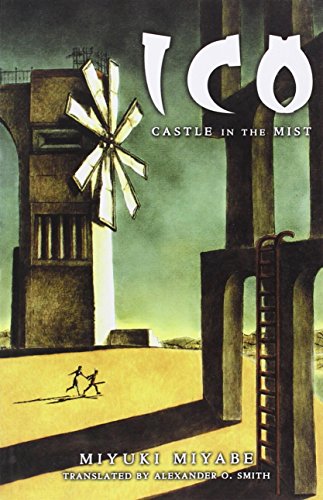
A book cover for ICO: Castle in the Mist; Miyuki Miyabe; Science Fiction & Fantasy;